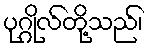
ပုဂ္ဂိုလ်တို့သည်၊